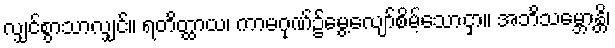
လျှင်စွာသာလျှင်။ ရတိတ္ထာယ၊ ကာမဂုဏ်၌မွေ့လျော်စိမ့်သောငှာ။ အဘိသမ္ဘောန္တိ၊